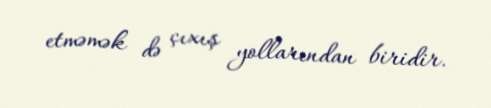
etməmək də çıxış yollarından biridir.